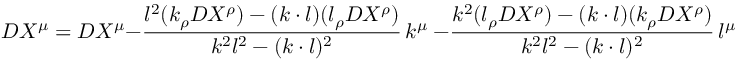
{ \cal D } X ^ { \mu } = D X ^ { \mu } - \frac { l ^ { 2 } ( k _ { \rho } D X ^ { \rho } ) - ( k \cdot l ) ( l _ { \rho } D X ^ { \rho } ) } { k ^ { 2 } l ^ { 2 } - ( k \cdot l ) ^ { 2 } } \, k ^ { \mu } \ - \frac { k ^ { 2 } ( l _ { \rho } D X ^ { \rho } ) - ( k \cdot l ) ( k _ { \rho } D X ^ { \rho } ) } { k ^ { 2 } l ^ { 2 } - ( k \cdot l ) ^ { 2 } } \, l ^ { \mu } ,